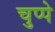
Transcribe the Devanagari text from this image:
चुप्पे